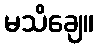
မသိချေ။